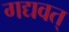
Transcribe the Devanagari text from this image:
गद्यवत्